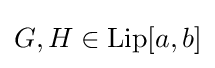
{\textstyle G,H\in {\text{Lip}}[a,b]}